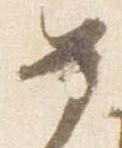
女